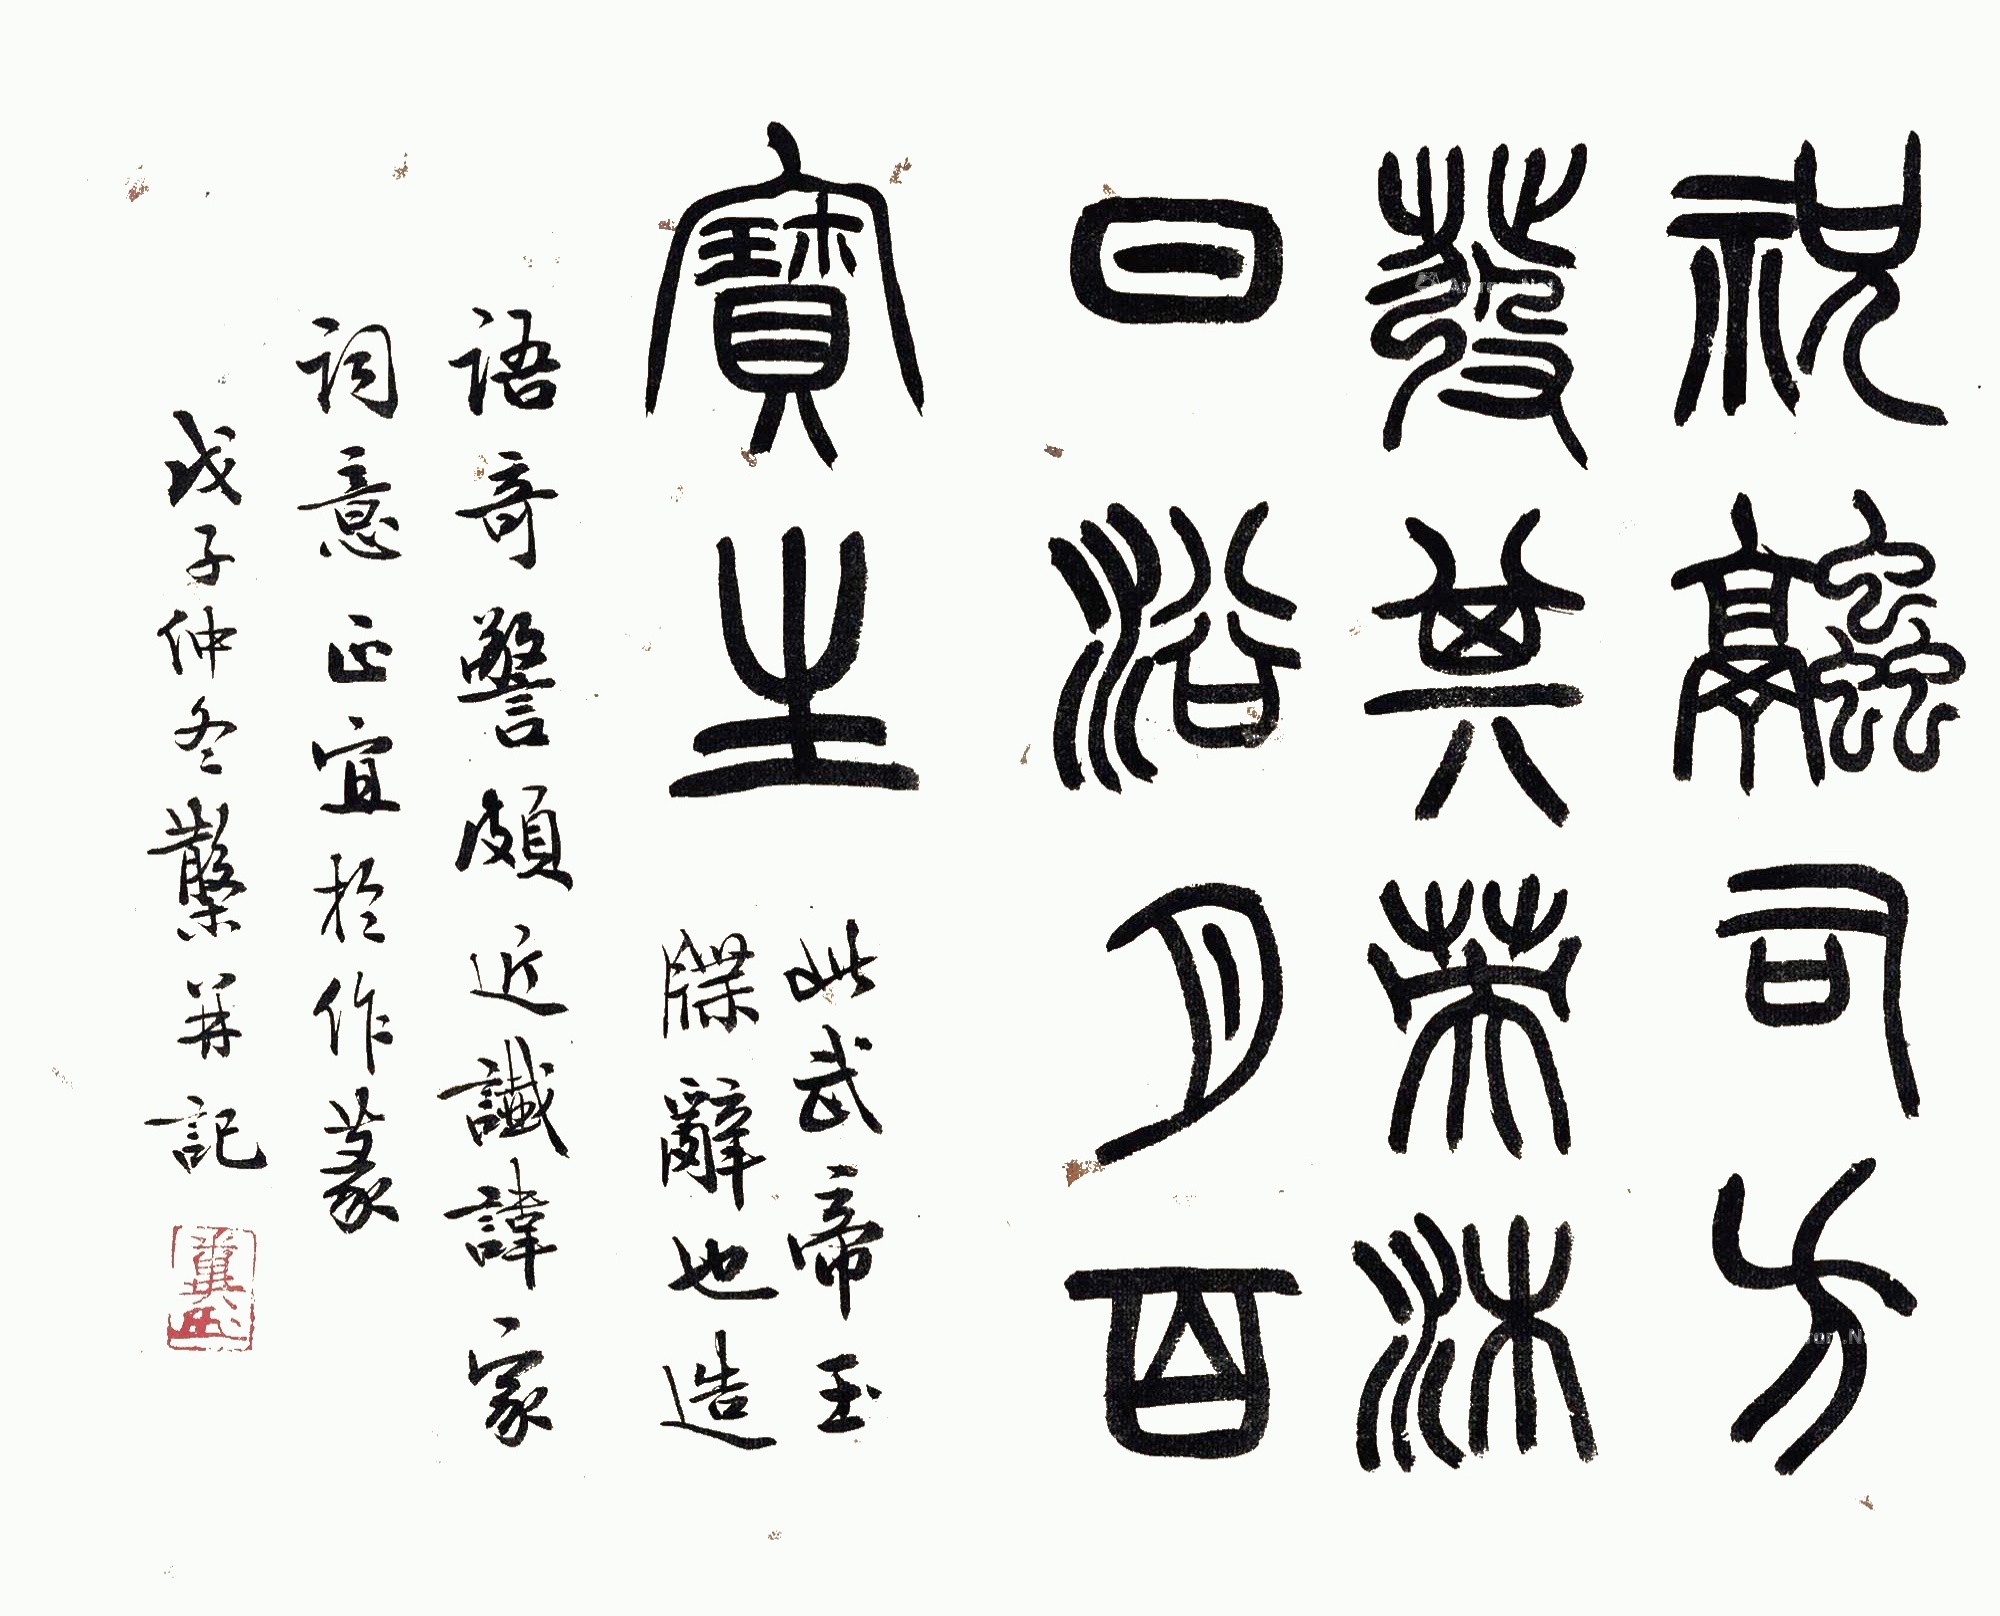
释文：祝融司方发其英，沐日沐月百宝生。此武帝玉牒辞也。造语奇警颇近谶讳家词意正宜于作篆。戊子仲冬，散木并记。